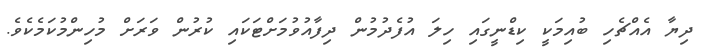
ދިޔާ އެއްޗެހި ބުއިމަކީ ކިޑްނީގައި ހިލަ އުފެދުމުން ދިފާއުވުމަށްޓަކައި ކުރުން ވަރަށް މުހިންމުކަމެކެވެ.